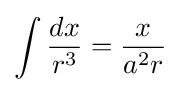
\int {\frac {dx}{r^{3}}}={\frac {x}{a^{2}r}}